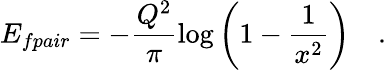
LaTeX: E_{fpair}=-\frac{Q^{2}}{\pi}\log\left(1-\frac{1}{x^{2}}\right)\quad.